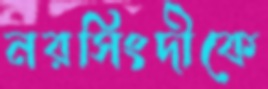
নরসিংদীকে